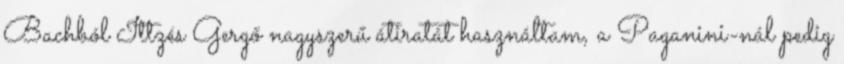
Bachból Ittzés Gergő nagyszerű átiratát használtam, a Paganini-nál pedig